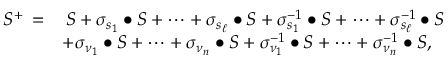
\begin{array} { r l } { S ^ { + } \, = } & { \, S + \sigma _ { s _ { 1 } } \bullet S + \cdots + \sigma _ { s _ { \ell } } \bullet S + \sigma _ { s _ { 1 } } ^ { - 1 } \bullet S + \cdots + \sigma _ { s _ { \ell } } ^ { - 1 } \bullet S } \\ & { + \sigma _ { \nu _ { 1 } } \bullet S + \cdots + \sigma _ { \nu _ { n } } \bullet S + \sigma _ { \nu _ { 1 } } ^ { - 1 } \bullet S + \cdots + \sigma _ { \nu _ { n } } ^ { - 1 } \bullet S , } \end{array}